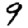
Digit: 9